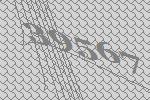
39567